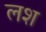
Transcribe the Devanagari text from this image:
लश